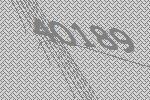
40189